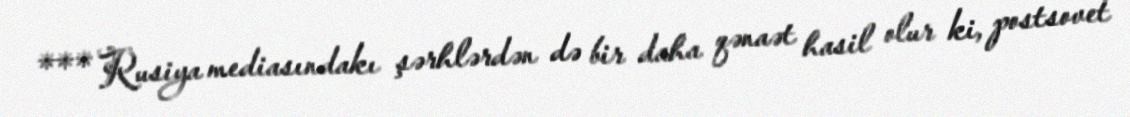
*** Rusiya mediasındakı şərhlərdən də bir daha qənaət hasil olur ki, postsovet